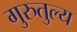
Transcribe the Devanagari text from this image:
गुरुतुल्य